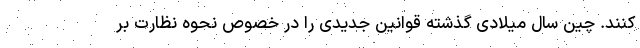
کنند. چین سال میلادی گذشته قوانین جدیدی را در خصوص نحوه نظارت بر